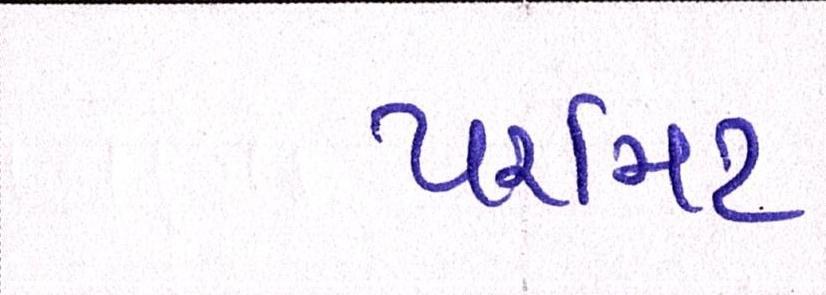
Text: પરમિટ